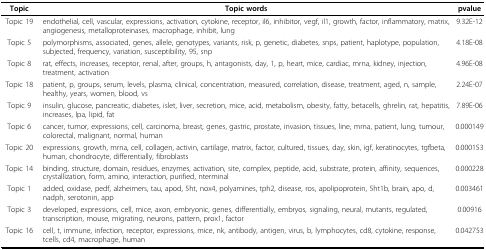
| Topic | Topic words | pvalue |
 | --- | --- | --- |
 | Topic 19 | endothelial, cell, vascular, expressions, activation, cytokine, receptor, il6, inhibitor, vegf, il1, growth, factor, inflammatory, matrix, angiogenesis, metalloproteinases, macrophage, inhibit, lung | 9.32E-12 |
 | Topic 5 | polymorphisms, associated, genes, allele, genotypes, variants, risk, p, genetic, diabetes, snps, patient, haplotype, population, subjected, frequency, variation, susceptibility, 95, snp | 4.18E-08 |
 | Topic 8 | rat, effects, increases, receptor, renal, after, groups, h, antagonists, day, 1, p, heart, mice, cardiac, mrna, kidney, injection, treatment, activation | 4.96E-08 |
 | Topic 18 | patient, p, groups, serum, levels, plasma, clinical, concentration, measured, correlation, disease, treatment, aged, n, sample, healthy, years, women, blood, vs | 2.24E-07 |
 | Topic 9 | insulin, glucose, pancreatic, diabetes, islet, liver, secretion, mice, acid, metabolism, obesity, fatty, betacells, ghrelin, rat, hepatitis, increases, lpa, lipid, fat | 7.89E-06 |
 | Topic 6 | cancer, tumor, expressions, cell, carcinoma, breast, genes, gastric, prostate, invasion, tissues, line, mrna, patient, lung, tumour, colorectal, malignant, normal, human | 0.000149 |
 | Topic 20 | expressions, growth, mrna, cell, collagen, activin, cartilage, matrix, factor, cultured, tissues, day, skin, igf, keratinocytes, tgfbeta, human, chondrocyte, differentially, fibroblasts | 0.000153 |
 | Topic 14 | binding, structure, domain, residues, enzymes, activation, site, complex, peptide, acid, substrate, protein, affinity, sequences, crystallization, form, amino, interaction, purified, nterminal | 0.000228 |
 | Topic 1 | added, oxidase, pedf, alzheimers, tau, apod, 5ht, nox4, polyamines, tph2, disease, ros, apolipoprotein, 5ht1b, brain, apo, d, nadph, serotonin, app | 0.003461 |
 | Topic 3 | developed, expressions, cell, mice, axon, embryonic, genes, differentially, embryos, signaling, neural, mutants, regulated, transcription, mouse, migrating, neurons, pattern, prox1, factor | 0.00916 |
 | Topic 16 | cell, t, immune, infection, receptor, expressions, mice, nk, antibody, antigen, virus, b, lymphocytes, cd8, cytokine, response, tcells, cd4, macrophage, human | 0.042753 |